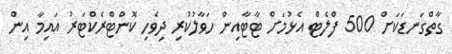
ގާތްގަނޑަކަށް 500 ފްލެޓް އެޅުމަށް ޓާޓާއިން ހަވާލުކުރި ދިވެހި ކޮންޓްރެކްޓަރު އައިމާ އިން